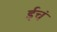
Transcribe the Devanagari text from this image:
ईचं